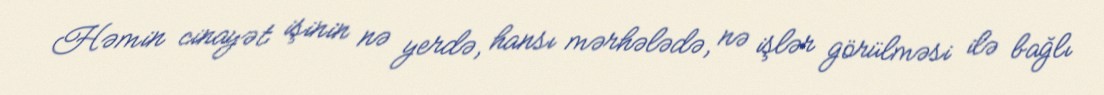
Həmin cinayət işinin nə yerdə, hansı mərhələdə, nə işlər görülməsi ilə bağlı